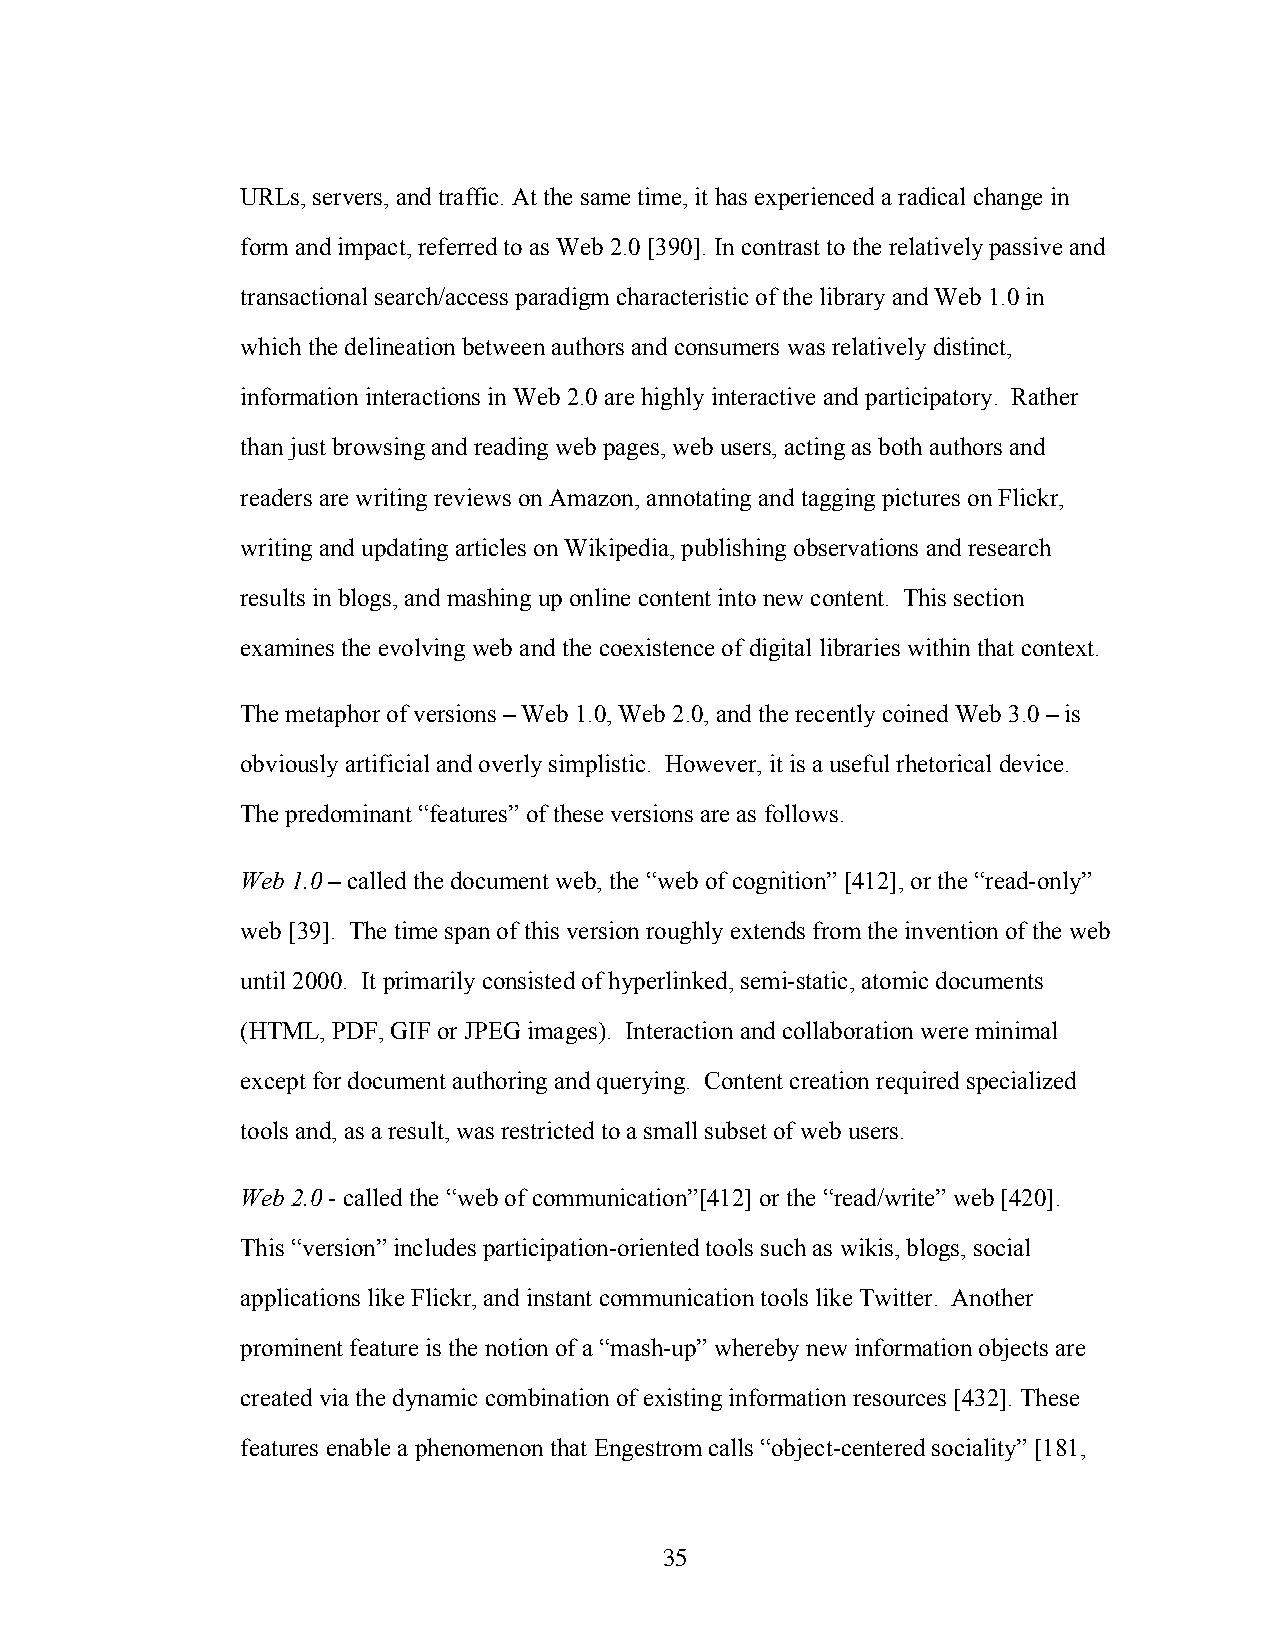
URLs, servers, and traffic. At the same time, it has experienced a radical change in
 form and impact, referred to as Web 2.0 [390]. In contrast to the relatively passive and
 transactional search/access paradigm characteristic of the library and Web 1.0 in
 which the delineation between authors and consumers was relatively distinct,
 information interactions in Web 2.0 are highly interactive and participatory. Rather
 than just browsing and reading web pages, web users, acting as both authors and
 readers are writing reviews on Amazon, annotating and tagging pictures on Flickr,
 writing and updating articles on Wikipedia, publishing observations and research
 results in blogs, and mashing up online content into new content. This section
 examines the evolving web and the coexistence of digital libraries within that context.
 The metaphor of versions – Web 1.0, Web 2.0, and the recently coined Web 3.0 – is
 obviously artificial and overly simplistic. However, it is a useful rhetorical device.
 The predominant “features” of these versions are as follows.
 Web 1.0 – called the document web, the “web of cognition” [412], or the “read-only”
 web [39]. The time span of this version roughly extends from the invention of the web
 until 2000. It primarily consisted of hyperlinked, semi-static, atomic documents
 (HTML, PDF, GIF or JPEG images). Interaction and collaboration were minimal
 except for document authoring and querying. Content creation required specialized
 tools and, as a result, was restricted to a small subset of web users.
 Web 2.0 - called the “web of communication”[412] or the “read/write” web [420].
 This “version” includes participation-oriented tools such as wikis, blogs, social
 applications like Flickr, and instant communication tools like Twitter. Another
 prominent feature is the notion of a “mash-up” whereby new information objects are
 created via the dynamic combination of existing information resources [432]. These
 features enable a phenomenon that Engestrom calls “object-centered sociality” [181,
 35